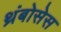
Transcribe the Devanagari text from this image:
थ्रंबोसेस